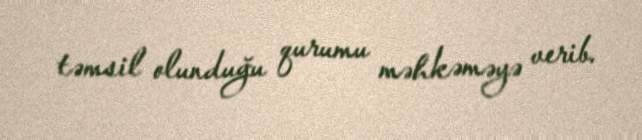
təmsil olunduğu qurumu məhkəməyə verib.